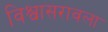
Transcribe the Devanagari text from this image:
विश्वासरावला